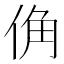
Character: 𪝀